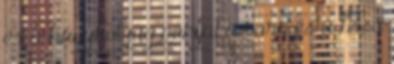
és a húgyhólyag pontjai az orr és a felső